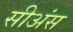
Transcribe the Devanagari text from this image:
सीअंस